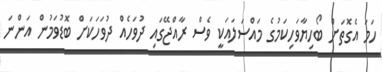
ހަމަ އެގޮތަށް ބޯހިޔާވަހިކަމުގެ މައްސަލައަކީ ވެސް ރާއްޖޭގައި ދުވަހެއް ދުވަހަކަށް ބޮޑުވަމުން އަންނަ